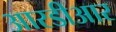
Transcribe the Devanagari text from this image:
आरडीआर